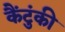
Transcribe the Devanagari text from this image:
कैंटुंकी